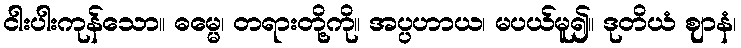
ငါးပါးကုန်သော။ ဓမ္မေ၊ တရားတို့ကို။ အပ္ပဟာယ၊ မပယ်မူ၍။ ဒုတိယံ ဈာနံ၊